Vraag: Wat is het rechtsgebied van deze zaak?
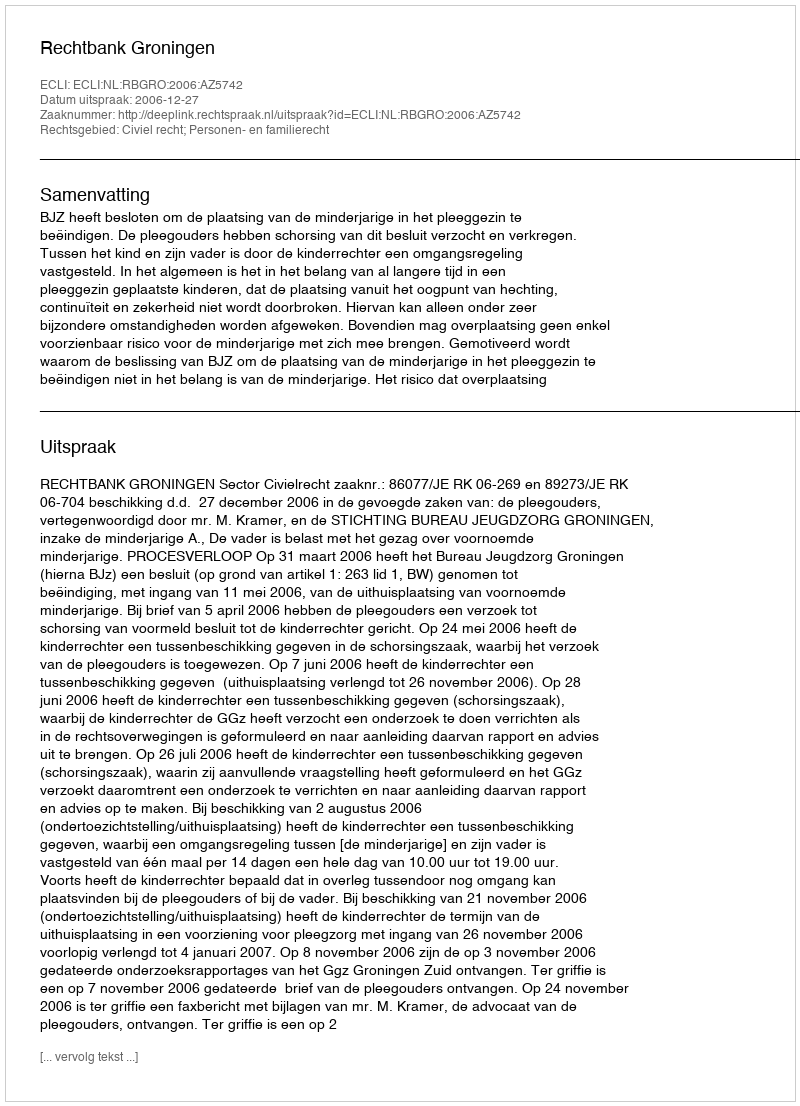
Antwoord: Civiel recht; Personen- en familierecht